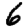
Digit: 6